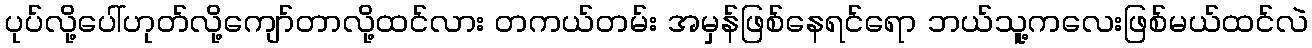
ပုပ်လို့ပေါ်ဟုတ်လို့ကျော်တာလို့ထင်လား တကယ်တမ်း အမှန်ဖြစ်နေရင်ရော ဘယ်သူ့ကလေးဖြစ်မယ်ထင်လဲ